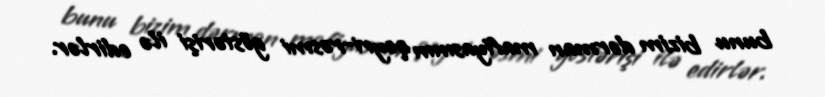
bunu bizim dərman mafiyasının qeyri-rəsmi göstərişi ilə edirlər.